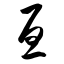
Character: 亘